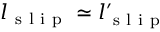
l _ { \mathrm { ~ s ~ l ~ i ~ p ~ } } \simeq l _ { \mathrm { ~ s ~ l ~ i ~ p ~ } } ^ { \prime }